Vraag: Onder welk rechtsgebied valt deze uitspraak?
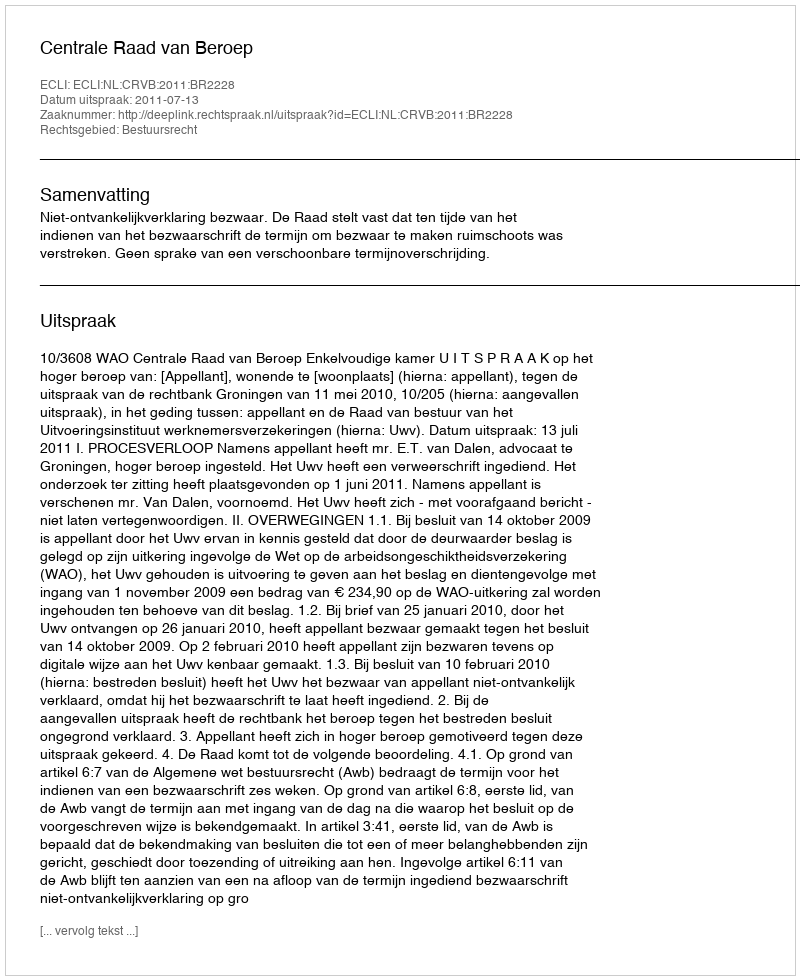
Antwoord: Bestuursrecht